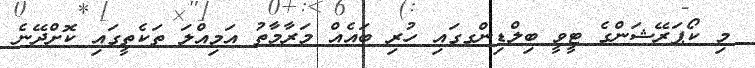
މި ކޯޕަރޭޝަންގެ ޓީވީ ބިލްޑިންގގައި ހުރި ބައެއް މަރާމާތު އަމިއްލަ ތަކެތީގައި ކޮށްދޭނެ